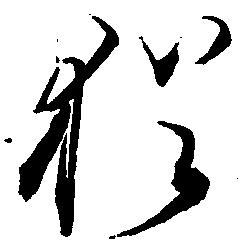
猶